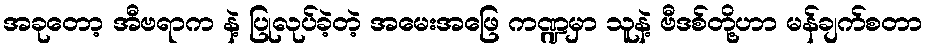
အခုတော့ အီဗရာက နဲ့ ပြုလုပ်ခဲ့တဲ့ အမေးအဖြေ ကဏ္ဍမှာ သူနဲ့ ဗီဒစ်တို့ဟာ မန်ချက်စတာ